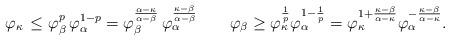
LaTeX: \begin{align*}\varphi_\kappa\,\le\varphi_\beta^p\,\varphi_\alpha^{1-p}=\varphi_\beta^{\frac{\alpha-\kappa}{\alpha-\beta}}\,\varphi_\alpha^{\frac{\kappa-\beta}{\alpha-\beta}}\qquad \varphi_\beta\ge \varphi_\kappa^{\frac{1}{p}}\varphi_\alpha^{1-\frac{1}{p}} =\varphi_\kappa^{1+\frac{\kappa-\beta}{\alpha-\kappa}} \varphi_\alpha^{-\frac{\kappa-\beta}{\alpha-\kappa}}.\end{align*}